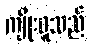
ကျိုးဝူသည်